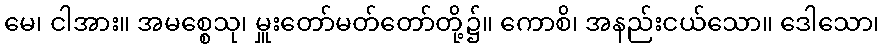
မေ၊ ငါအား။ အမစ္စေသု၊ မှူးတော်မတ်တော်တို့၌။ ကောစိ၊ အနည်းငယ်သော။ ဒေါသော၊